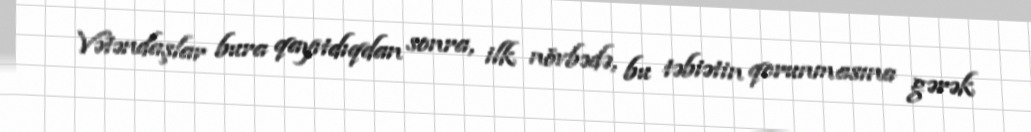
Vətəndaşlar bura qayıtdıqdan sonra, ilk növbədə, bu təbiətin qorunmasına gərək